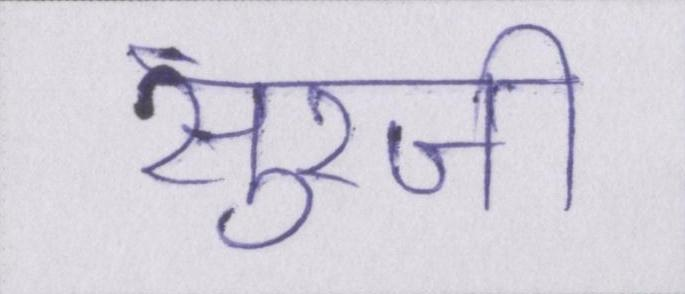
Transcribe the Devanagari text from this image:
सुरजी